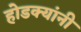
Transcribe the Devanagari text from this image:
होडक्यांनी